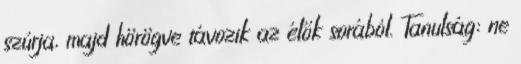
szúrja, majd hörögve távozik az élők sorából. Tanulság: ne